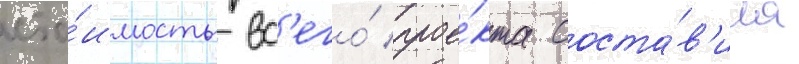
сто́имость вс'его́ прое́кта соста́в'ила